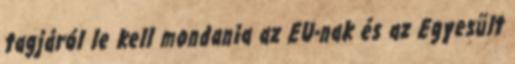
tagjáról le kell mondania az EU-nak és az Egyesült